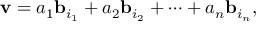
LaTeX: \mathbf { v } = a _ { 1 } \mathbf { b } _ { i _ { 1 } } + a _ { 2 } \mathbf { b } _ { i _ { 2 } } + \cdots + a _ { n } \mathbf { b } _ { i _ { n } } ,